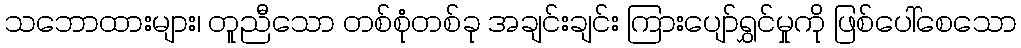
သဘောထားများ၊ တူညီသော တစ်စုံတစ်ခု အချင်းချင်း ကြားပျော်ရွှင်မှုကို ဖြစ်ပေါ်စေသော